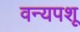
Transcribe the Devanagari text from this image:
वन्यपशू